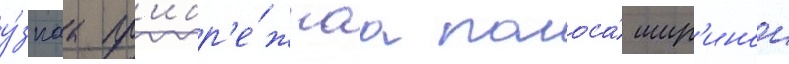
у́зкаа пр'ибр'е́жнаа полоса́ шир'инои